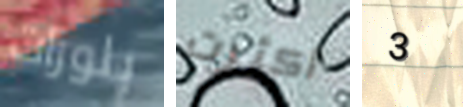
بلورات أكثرت 3